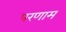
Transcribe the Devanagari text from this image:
परणाम